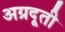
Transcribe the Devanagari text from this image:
अग्रदूती